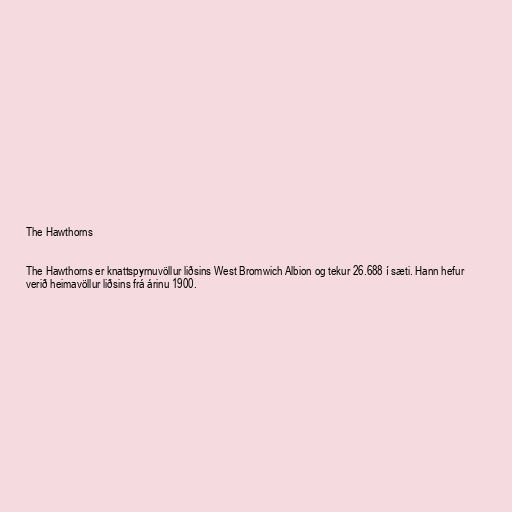
The Hawthorns

The Hawthorns er knattspyrnuvöllur liðsins West Bromwich Albion og tekur 26.688 í sæti. Hann hefur
verið heimavöllur liðsins frá árinu 1900.